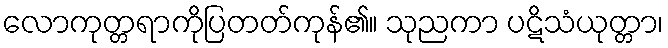
လောကုတ္တရာကိုပြတတ်ကုန်၏။ သုညကာ ပဋိသံယုတ္တာ၊